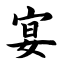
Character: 宴